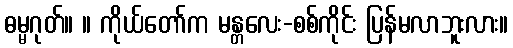
ဓမ္မဂုတ်။ ။ ကိုယ်တော်က မန္တလေး-စစ်ကိုင်း ပြန်မလာဘူးလား။